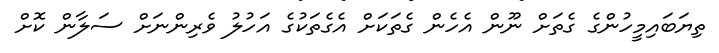
ތިޔަބައިމީހުންގެ ގެތަށް ނޫން އެހެން ގެތަކަށް އެގެތަކުގެ އަހުލު ވެރިންނަށް ސަލާން ކޮށް